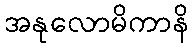
အနုလောမိကာနိ